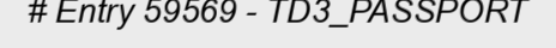
# Entry 59569 - TD3_PASSPORT